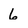
Character: 6